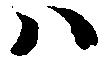
ハ